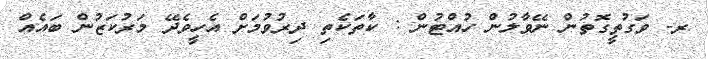
ރ- ވަގުތީގޮތުން ނޭވާލުން ހުއްޓުން : ކާތަކެތި ދިރުވުމަށް އެހީވެދޭ މަރުކަޒުން ބައެއް